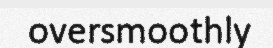
oversmoothly